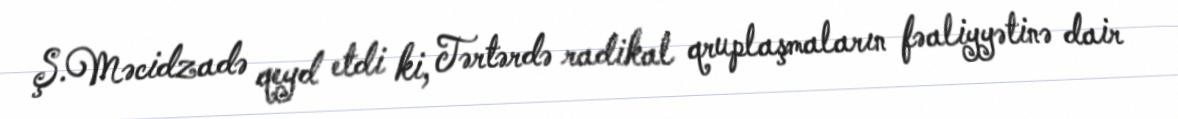
Ş.Məcidzadə qeyd etdi ki, Tərtərdə radikal qruplaşmaların fəaliyyətinə dair